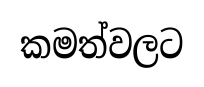
කමත්වලට